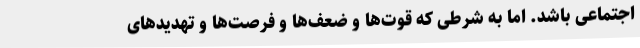
اجتماعی باشد. اما به شرطی که قوت‌ها و ضعف‌ها و فرصت‌ها و تهدیدهای